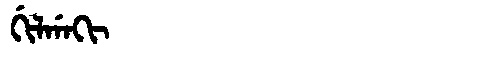
Manchu: ᡤᡳᠯᡤᠠᡴᡳ
Romanization: GILGAKI